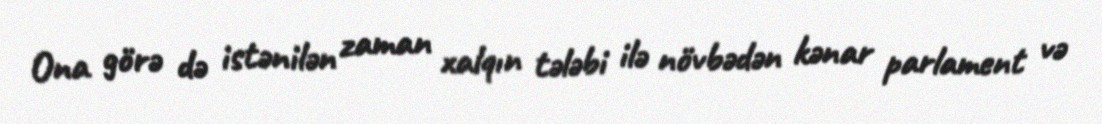
Ona görə də istənilən zaman xalqın tələbi ilə növbədən kənar parlament və